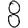
Digit: 8